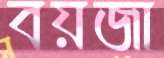
বয়জা